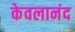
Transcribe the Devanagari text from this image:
केवलानंद